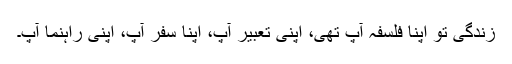
زندگی تو اپنا فلسفہ آپ تھی، اپنی تعبیر آپ، اپنا سفر آپ، اپنی راہنما آپ۔